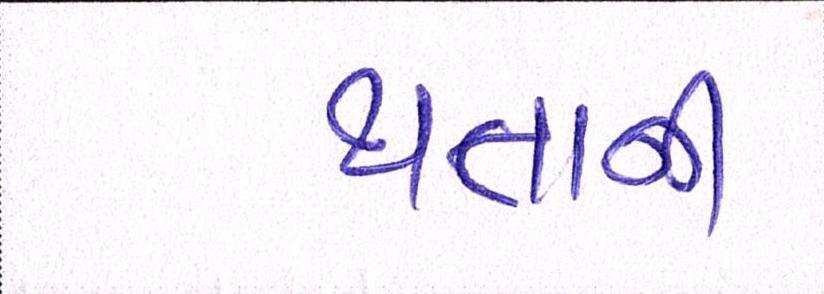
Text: થતાની